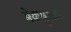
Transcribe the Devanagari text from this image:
मेक्सुआर